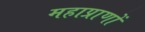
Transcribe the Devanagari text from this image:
महाप्राणों